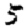
Digit: 5